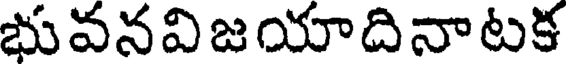
భువనవిజయాదినాటక